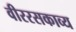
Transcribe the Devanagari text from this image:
वीररसकाव्य